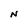
Character: N